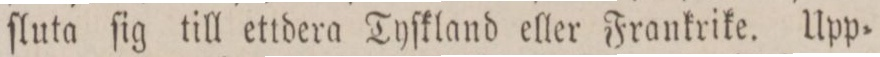
ſluta ſig till ettdera Tyſkland eller Frankrike. Upp=